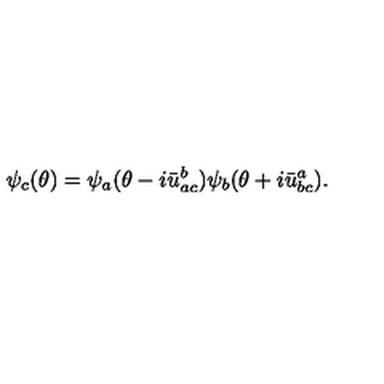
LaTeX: \psi _ { c } ( \theta ) = \psi _ { a } ( \theta - i \bar { u } _ { a c } ^ { b } ) \psi _ { b } ( \theta + i \bar { u } _ { b c } ^ { a } ) .